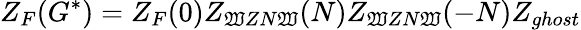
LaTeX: Z_{F}(G^{*})=Z_{F}(0)Z_{\mathfrak{W}ZN\mathfrak{W}}(N)Z_{\mathfrak{W}ZN\mathfrak{W}}(-N)Z_{ghost}